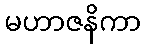
မဟာဇနိကာ